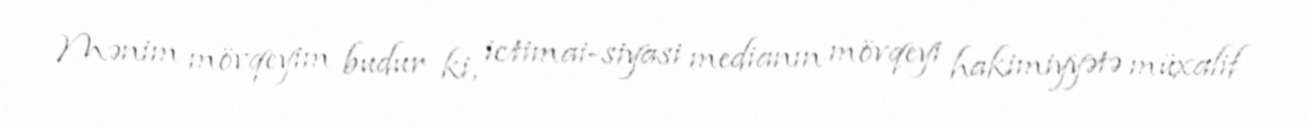
Mənim mövqeyim budur ki, ictimai-siyasi medianın mövqeyi hakimiyyətə müxalif